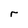
Character: r